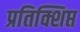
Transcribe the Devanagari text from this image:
प्रतिक्शिप्त